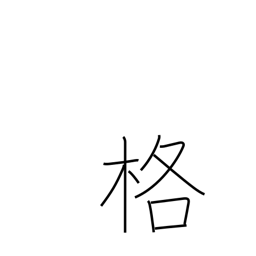
Meaning: capacity